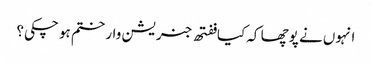
انہوں نے پوچھا کہ کیا ففتھ جنریشن وار ختم ہو چکی؟